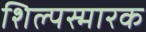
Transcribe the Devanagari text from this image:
शिल्पस्मारक